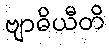
ဗျာဓိယီတိ